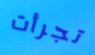
تجرأت